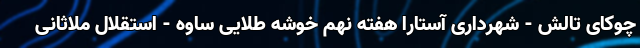
چوکای تالش - شهرداری آستارا هفته نهم خوشه طلایی ساوه - استقلال ملاثانی